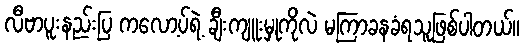
လီဗာပူးနည်းပြ ကလော့ပ်ရဲ့ ချီးကျူးမှုကိုလဲ မကြာခနခံရသူဖြစ်ပါတယ်။